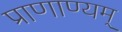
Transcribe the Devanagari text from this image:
प्राणाण्यम्